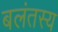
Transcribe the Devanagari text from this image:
बलंतस्य